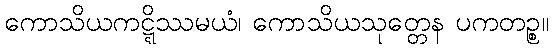
ကောသိယကဋ္ဋိဿမယံ၊ ကောသိယသုတ္တေန ပကတဉ္စ။